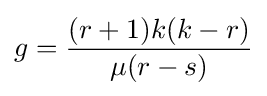
g={\frac {(r+1)k(k-r)}{\mu (r-s)}}